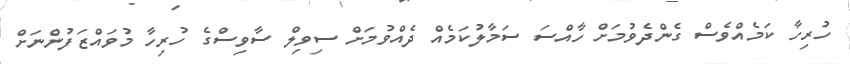
ހުރިހާ ކަމެއްވެސް ގެންދެވުމަށް ހާއްސަ ސަމާލުކަމެއް ދެއްވުމަށް ސިވިލް ސާވިސްގެ ހުރިހާ މުވައްޒަފުންނަށް